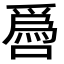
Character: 噕